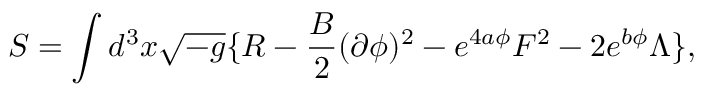
S = \int d ^ { 3 } x \sqrt { - g } \{ R - { \frac { B } { 2 } } ( \partial \phi ) ^ { 2 } - e ^ { 4 a \phi } F ^ { 2 } - 2 e ^ { b \phi } \Lambda \} ,